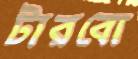
টারবো